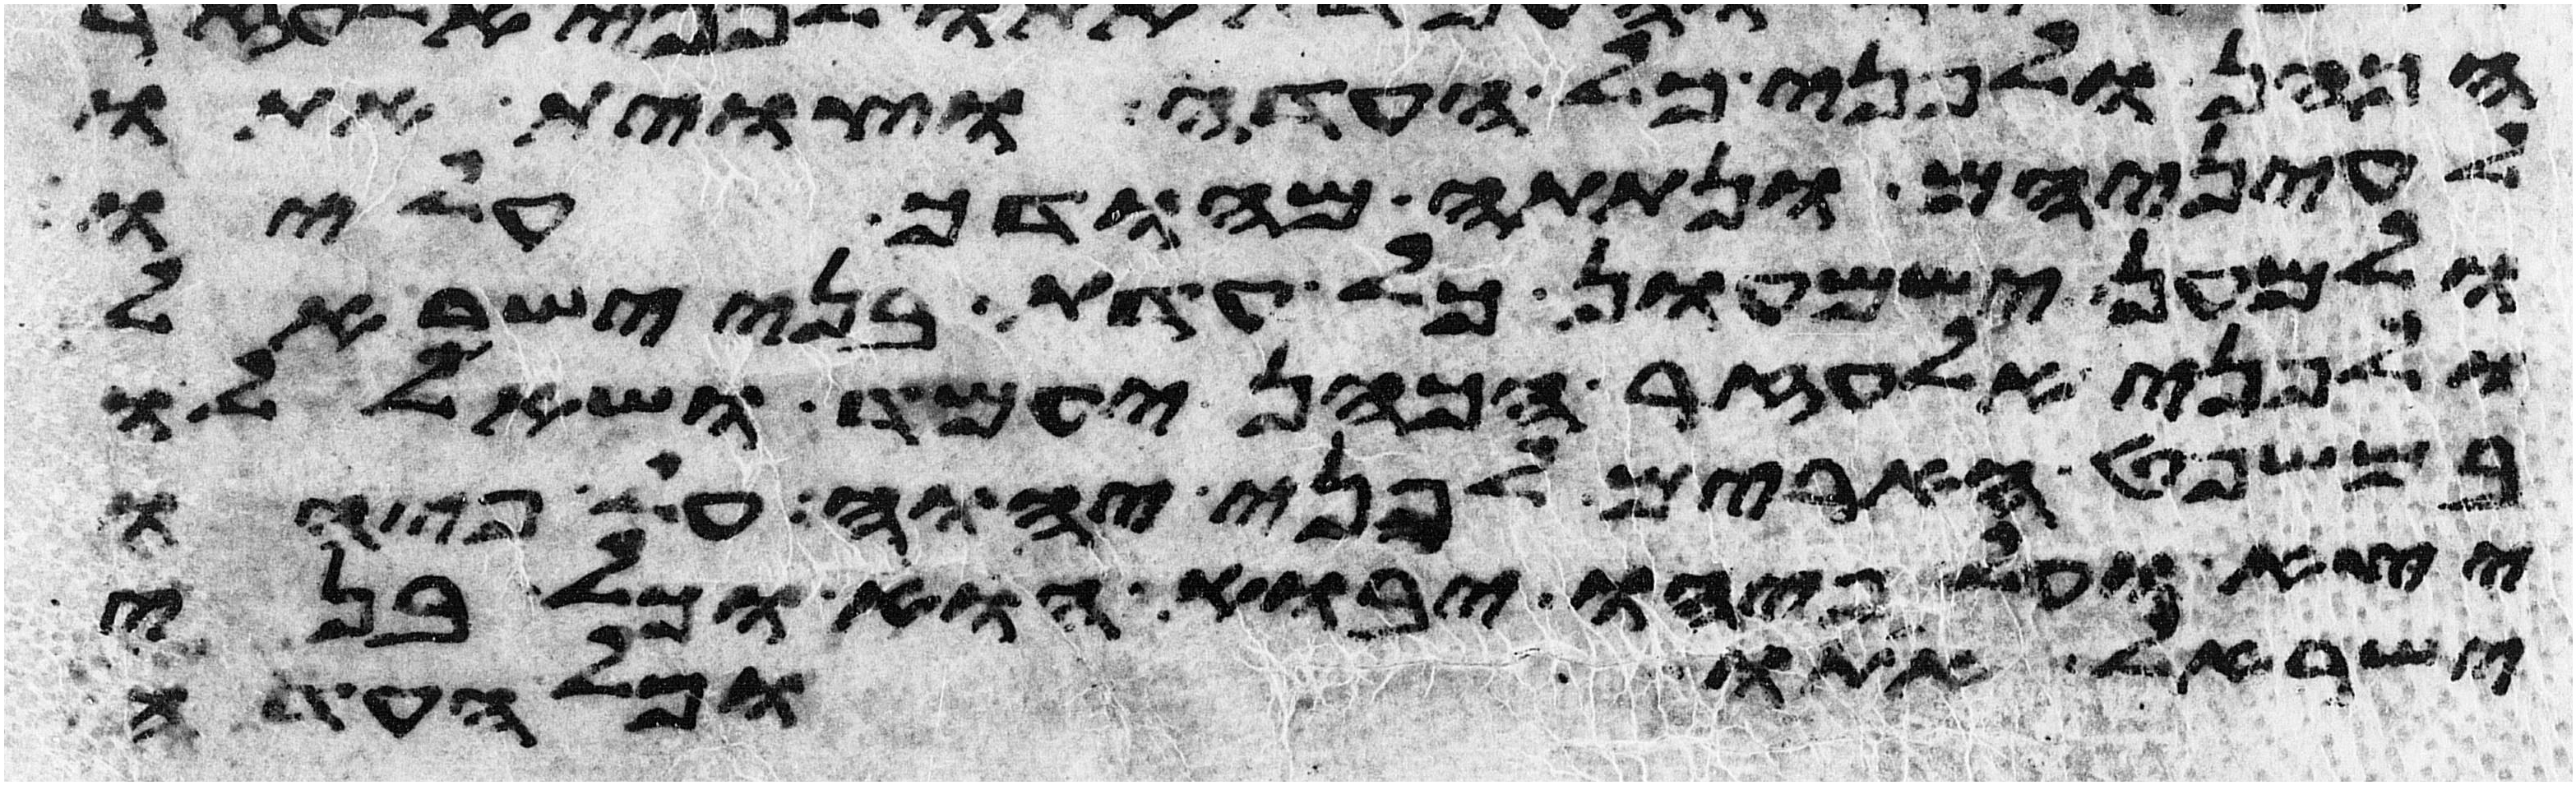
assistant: הכהן ולפני כל העדה וצוית אתו
לעיניהם ונתתה מהודך עליו
ולמען ישמעון כל עדת בני ישראל
ולפני אלעזר הכהן יעמד ושאל לו
במשפט הארים לפני יהוה על פיהו
יצא ועל פיהו יבוא הוא וכל בני
ישראל אתו וכל העדה